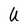
Character: U